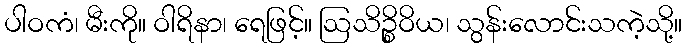
ပါဝကံ၊ မီးကို။ ဝါရိနာ၊ ရေဖြင့်။ ဩသိဉ္စိဝိယ၊ သွန်းလောင်းသကဲ့သို့။